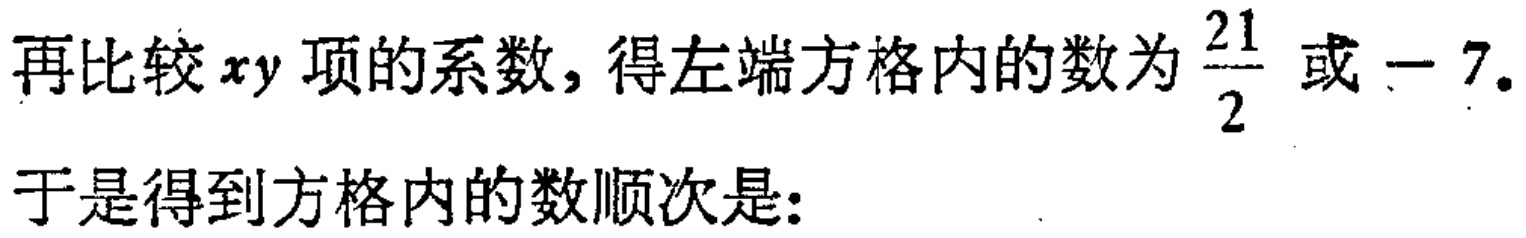
再比较$xy$项的系数，得左端方格内的数为$\frac{21}{2}$或$-7$。

于是得到方格内的数顺次是：